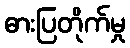
ဓားပြတိုက်မှု